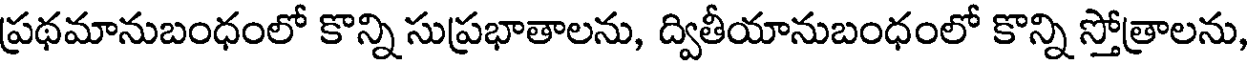
ప్రథమానుబంధంలో కొన్ని సుప్రభాతాలను, ద్వితీయానుబంధంలో కొన్ని స్తోత్రాలను,